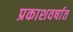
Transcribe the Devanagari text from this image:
प्रकाशवर्षात